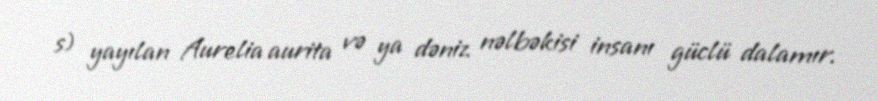
s) yayılan Aurelia aurita və ya dəniz nəlbəkisi insanı güclü dalamır.